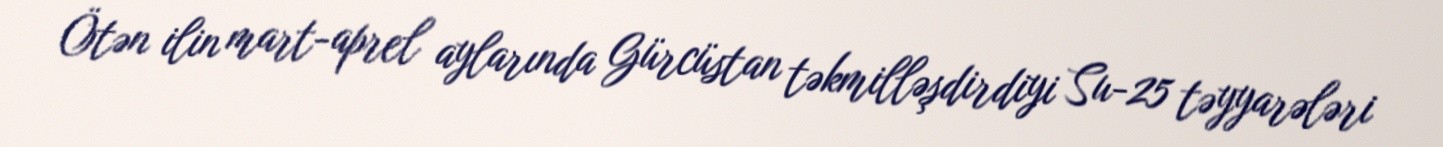
Ötən ilin mart-aprel aylarında Gürcüstan təkmilləşdirdiyi Su-25 təyyarələri